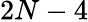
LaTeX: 2N-4